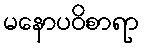
မနောပဝိစာရာ